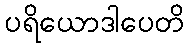
ပရိယောဒါပေတိ